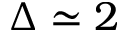
\Delta \simeq 2